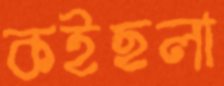
কইছলা